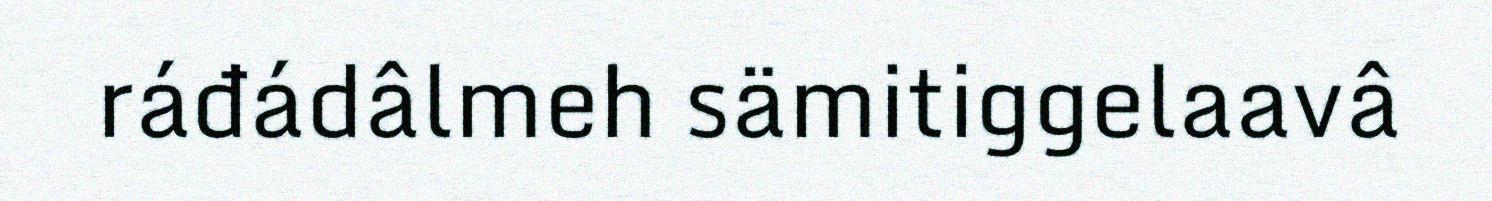
ráđádâlmeh sämitiggelaavâ